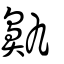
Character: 鼽